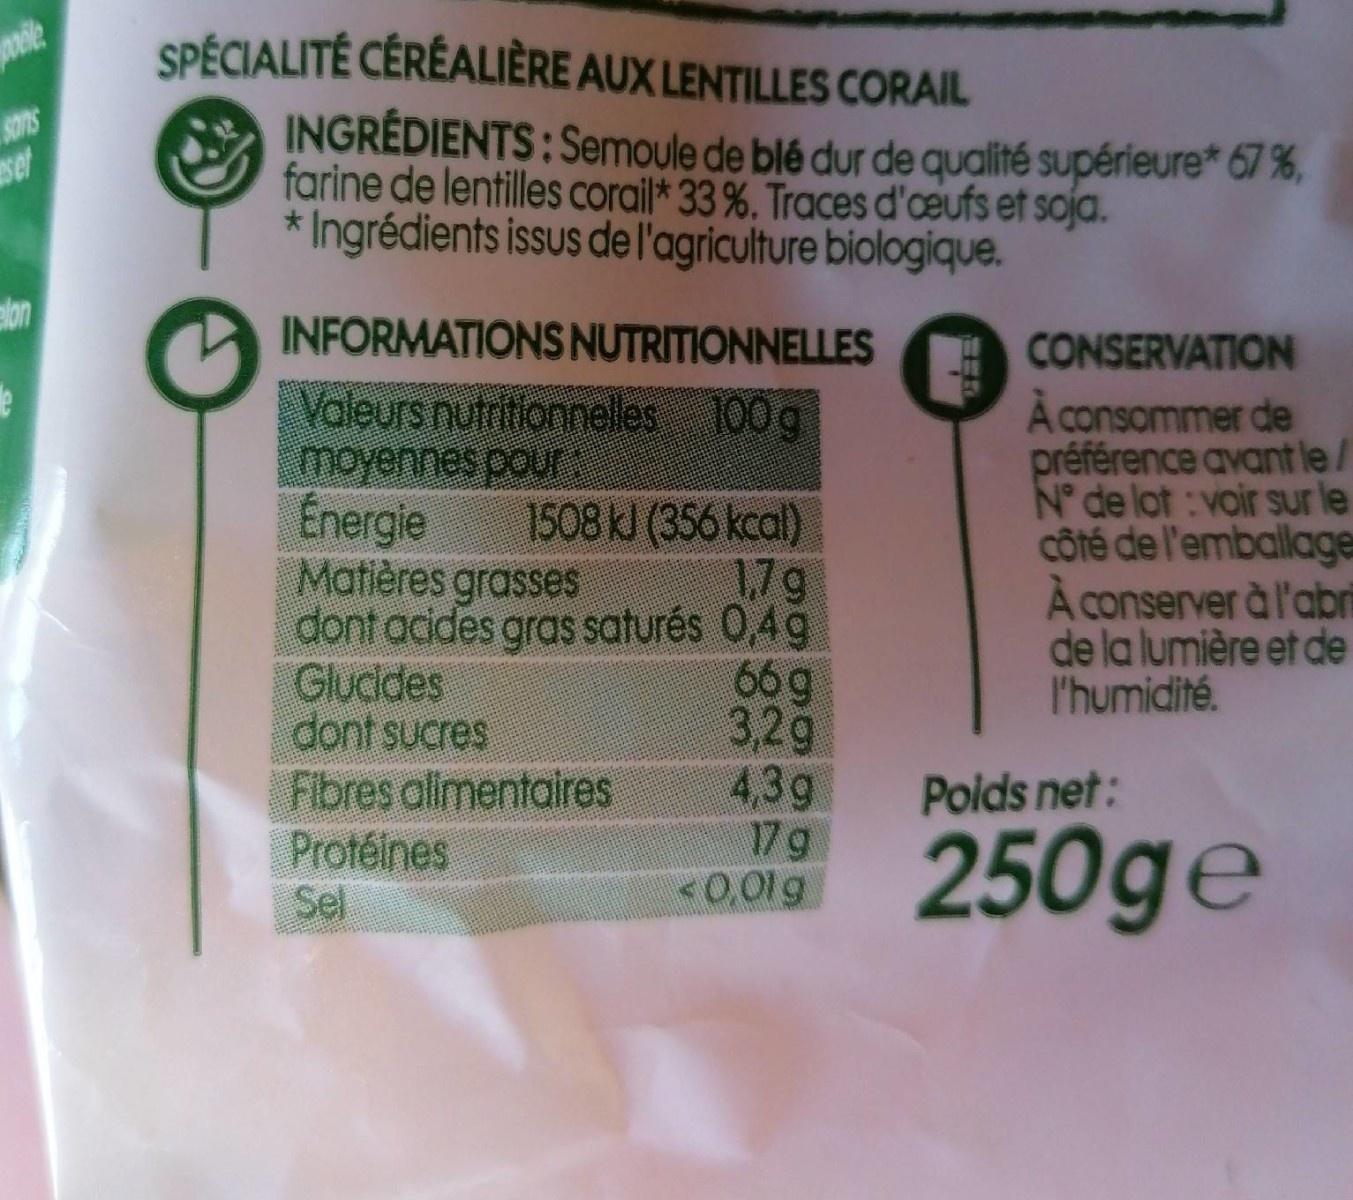
SPÉCIALITÉ CÉRÉALIÈRE AUX LENTILLES CORAIL
Sons set
INGRÉDIENTS: Semoule de blé dur de qualité supérieure* 67 %, farine de lentilles corail* 33 %. Traces d'œufs et soja. * Ingrédients issus de l'agriculture biologique.
elon
INFORMATIONSNUTRITIONNELLES
Valeurs nutritionneles moyennes pour Energie Matières grasses dont acides gras saturés 0,4g Glucides dont sucres Fibres alimentaires Protéines Sel
CONSERVATION À consommer de préférence avant le/ N° de lot : voir sur le côté de l'emballage A conserver à l'abri de la lumière et de l'humidité.
100g
1508 kJ (356 kcal) 17g
66 g 3,2g 4,3g 17g 0,01g
Poids net:
250ge